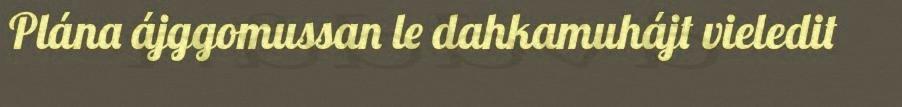
Plána ájggomussan le dahkamuhájt vieledit